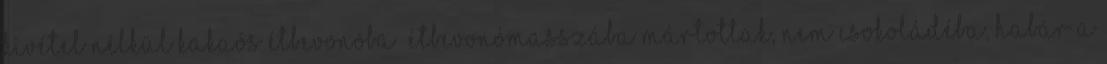
kivétel nélkül kakaós étbevonóba étbevonómasszába mártottak, nem csokoládéba, habár a